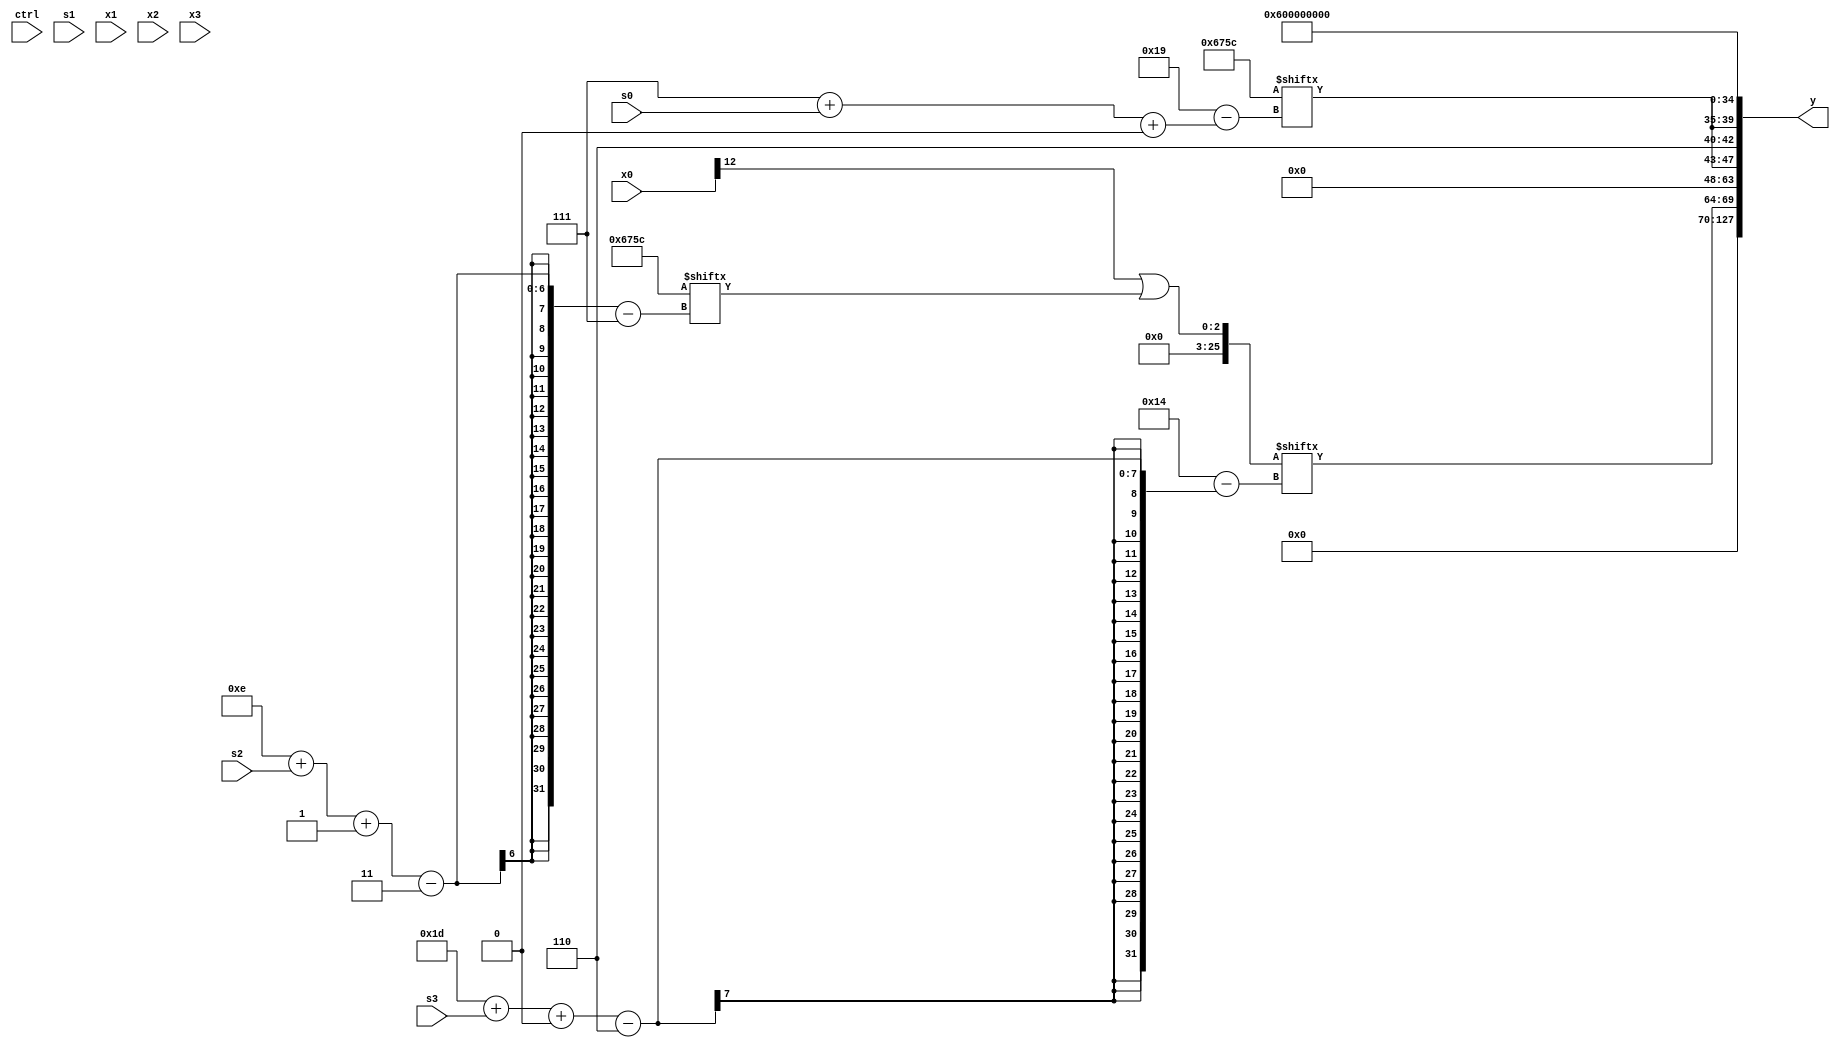
module partsel_00014(ctrl, s0, s1, s2, s3, x0, x1, x2, x3, y);
  input [3:0] ctrl;
  input [2:0] s0;
  input [2:0] s1;
  input [2:0] s2;
  input [2:0] s3;
  input signed [31:0] x0;
  input signed [31:0] x1;
  input signed [31:0] x2;
  input signed [31:0] x3;
  wire [24:6] x4;
  wire signed [28:2] x5;
  wire [6:31] x6;
  wire [3:27] x7;
  wire [24:2] x8;
  wire signed [0:29] x9;
  wire [31:1] x10;
  wire signed [24:2] x11;
  wire signed [2:27] x12;
  wire signed [26:4] x13;
  wire [26:2] x14;
  wire [26:1] x15;
  output [127:0] y;
  wire signed [31:0] y0;
  wire signed [31:0] y1;
  wire [31:0] y2;
  wire signed [31:0] y3;
  assign y = {y0,y1,y2,y3};
  localparam signed [25:7] p0 = 41969500;
  localparam signed [27:0] p1 = 703427818;
  localparam signed [7:27] p2 = 241330383;
  localparam [7:28] p3 = 782587895;
  assign x4 = (!ctrl[3] || ctrl[0] && !ctrl[3] ? x0 : ((p0[17 + s3] ^ (p2[12 +: 2] & x2[19 + s3])) ^ {p0[9 + s1 -: 4], (p0[29 + s3 +: 5] ^ x2)}));
  assign x5 = p2[15 +: 4];
  assign x6 = (x0[12] | p0[14 + s2 -: 3]);
  assign x7 = ((ctrl[1] || !ctrl[1] || ctrl[2] ? ({2{(p0[29 + s3 +: 7] & x3[14])}} | ((x6[13 +: 4] + (p2[7 + s1 +: 7] & p3[5 + s3 -: 6])) - {(p3[28 + s3 +: 1] + x4[17 -: 1]), p3[17 -: 2]})) : (p3 & p3)) + x4[31 + s3 -: 5]);
  assign x8 = (ctrl[0] && !ctrl[0] || !ctrl[2] ? x7[19 + s2 -: 4] : p1[5 + s1]);
  assign x9 = p0;
  assign x10 = (x2[13 -: 1] ^ {2{p2}});
  assign x11 = p2[15 + s1];
  assign x12 = x8[12 +: 1];
  assign x13 = x0[31 + s0 -: 5];
  assign x14 = {p2[14 + s0], {{2{({2{p2}} + x10[8 +: 2])}}, {{(x8 ^ x8[12]), (p2[11] - (p3[7 + s0 -: 6] & x4[18 -: 3]))}, {p3, (p3[15 -: 4] + p0[28 + s1 +: 2])}}}};
  assign x15 = p1[17 + s1];
  assign y0 = x10[17 -: 1];
  assign y1 = x6[29 + s3 +: 6];
  assign y2 = {2{{x9[7 + s0 +: 5], p0[21 -: 3]}}};
  assign y3 = x5[18 -: 2];
endmodule